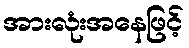
အားလုံးအနေဖြင့်